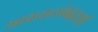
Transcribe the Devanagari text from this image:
अवचटांबद्दलही